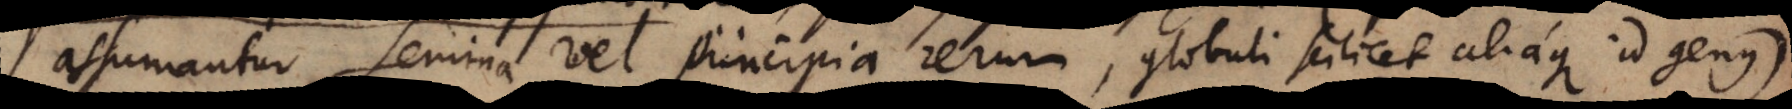
assumantur semina vel principia rerum, globuli scilicet aliaque id genus),